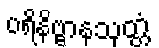
ပရိနိဗ္ဗာနသုတ္တံ